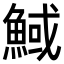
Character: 䱛